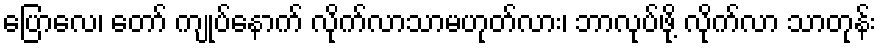
ပြောလေ၊ တော် ကျုပ်နောက် လိုက်လာသာမဟုတ်လား၊ ဘာလုပ်ဖို့ လိုက်လာ သာတုန်း